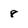
Character: 8